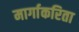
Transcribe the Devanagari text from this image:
मार्गाकरिता